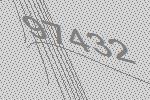
97432